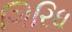
ગિરિધ